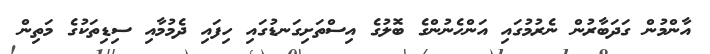
އާންމުން ގަދަބާރުން ނެރުމުގައި އަންހެނުންގެ ބޮލުގެ އިސްތަށިގަނޑުގައި ހިފައި ދެމުމާއި ސިޑިތަކުގެ މަތިން